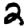
Digit: 2